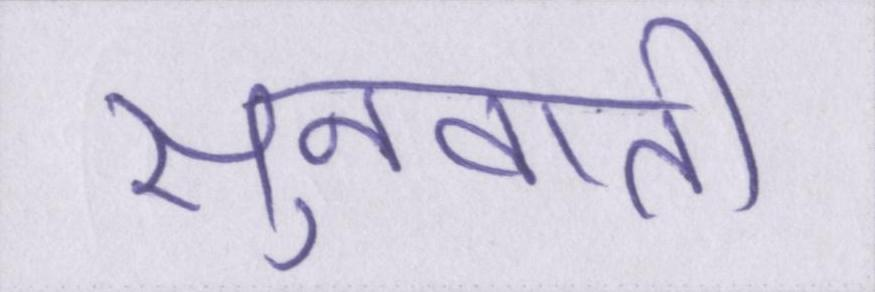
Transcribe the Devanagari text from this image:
सुनवाती